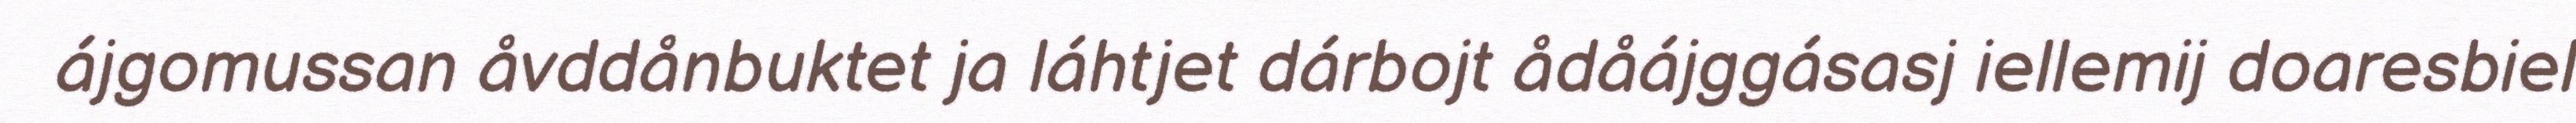
ájgomussan åvddånbuktet ja láhtjet dárbojt ådåájggásasj iellemij doaresbiel